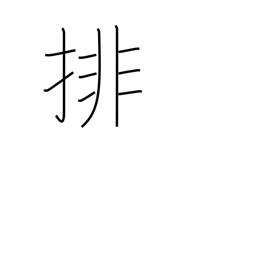
Meaning: arrange